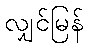
လျှင်မြန်